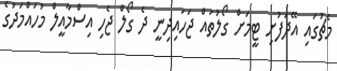
މެޗުގައި އޭޭދަފުށި ޓީމަށް ގޯލުތައް ޖަހައިދިނީ ދެ ގޯލް ޖެހި އިސްމާއީލް މުހައްމަދުގެ